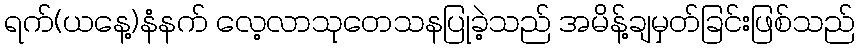
ရက်(ယနေ့)နံနက် လေ့လာသုတေသနပြုခဲ့သည် အမိန့်ချမှတ်ခြင်းဖြစ်သည်